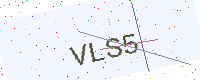
Text: VLS5